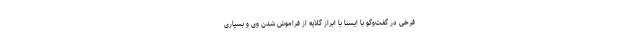
فرخی در گفت‌وگو با ایسنا با ابراز گلایه از فراموش شدن وی و بسیاری